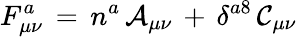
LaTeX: F_{\mu\nu}^{a}\, =\, n^{a}\, \mathcal{A}_{\mu\nu}\, +\, \delta^{a8}\, \mathcal{C}_{\mu\nu}